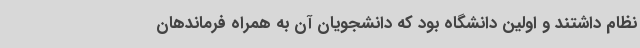
نظام داشتند و اولین دانشگاه بود که دانشجویان آن به همراه فرماندهان